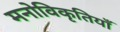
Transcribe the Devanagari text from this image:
मनोविकृतियाँ